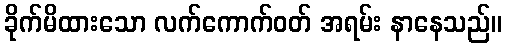
ခိုက်မိထားသော လက်ကောက်ဝတ် အရမ်း နာနေသည်။